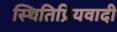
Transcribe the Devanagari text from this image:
स्थितिप्रियवादी